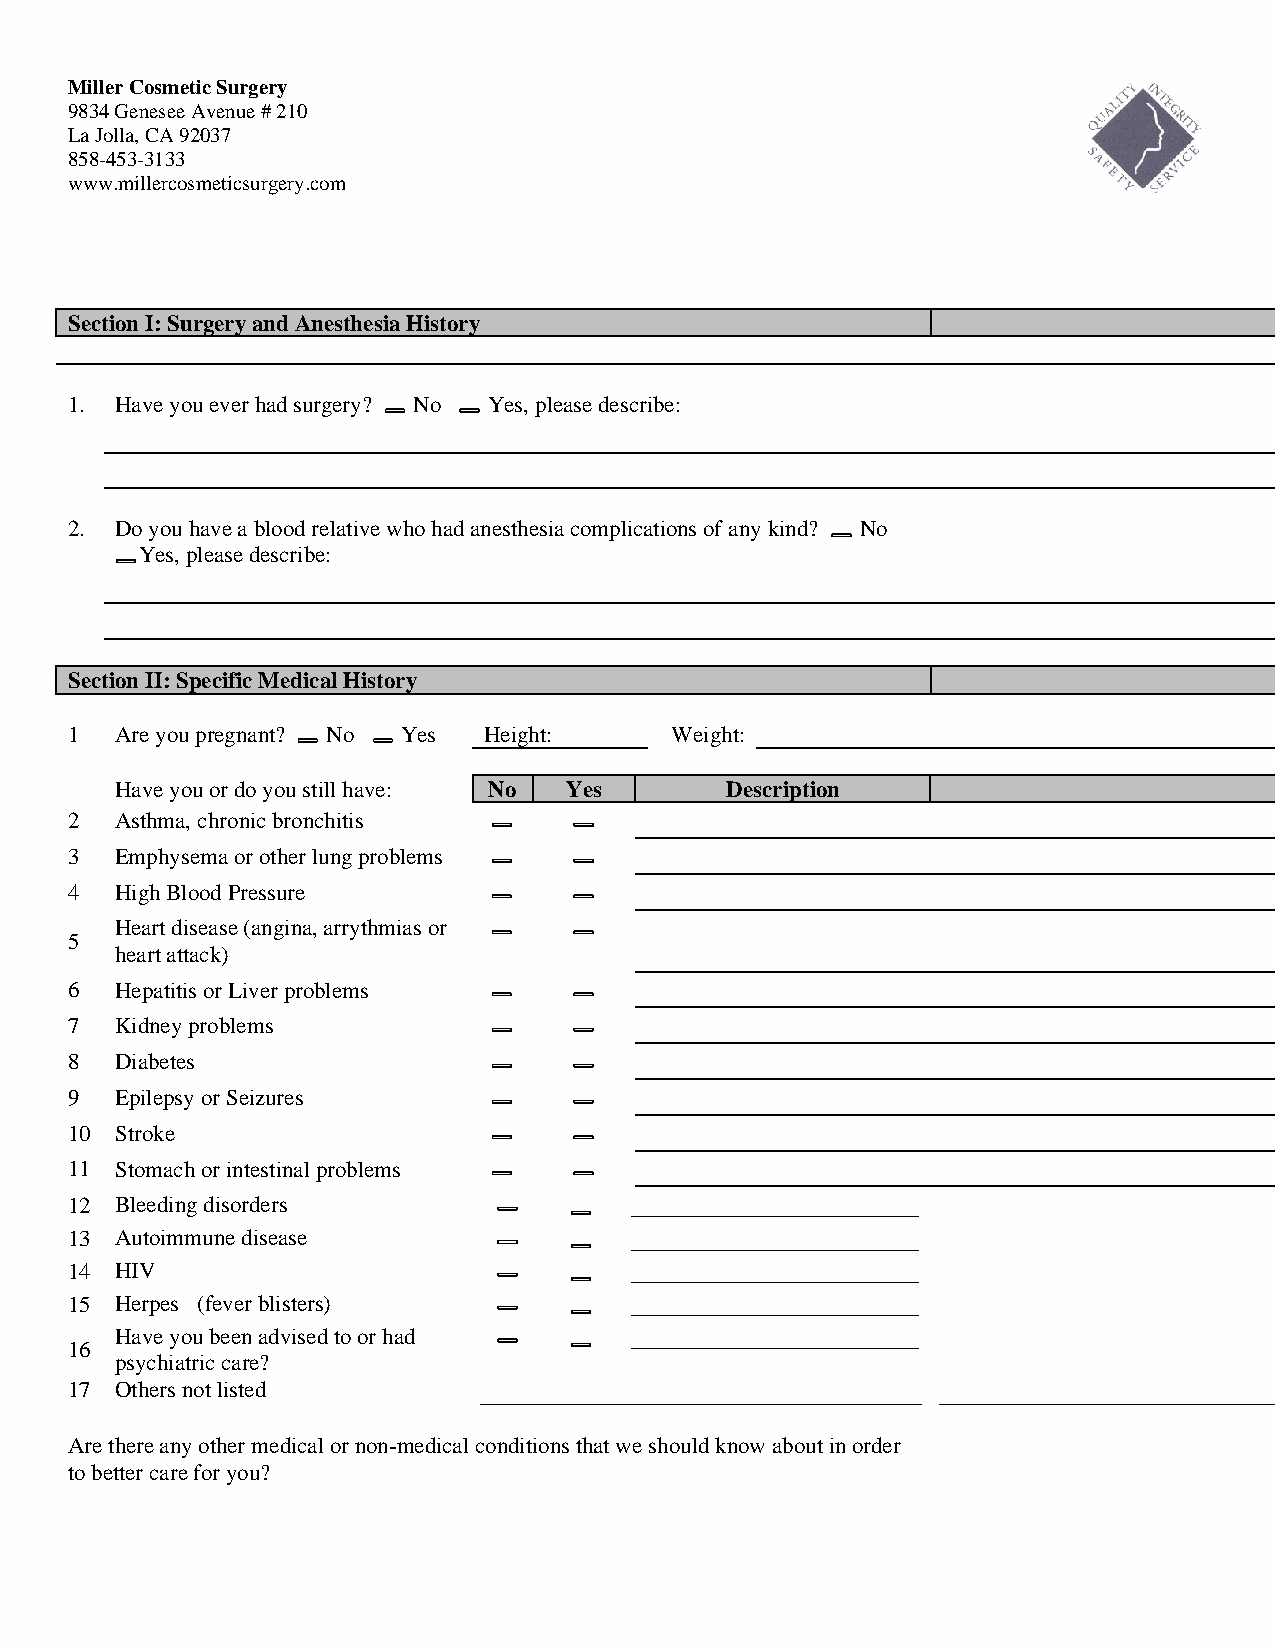
Miller Cosmetic Surgery
 9834 Genesee Avenue # 210
 La Jolla, CA 92037
 858-453-3133
 www.millercosmeticsurgery.com
 Section I: Surgery and Anesthesia History
 1.  Have you ever had surgery? No Yes, please describe:
 2.  Do you have a blood relative who had anesthesia complications of any kind? No
 Yes, please describe:
 Section II: Specific Medical History
 1   Are you pregnant? No Yes H e i g ht: Weight:
 Have you or do you still have: No Yes   Description
 2   Asthma, chronic bronchitis
 3   Emphysema or other lung problems
 4   High Blood Pressure
 Heart disease (angina, arrythmias or
 5
 heart attack)
 6   Hepatitis or Liver problems
 7   Kidney problems
 8   Diabetes
 9   Epilepsy or Seizures
 10  Stroke
 11  Stomach or intestinal problems
 12  Bleeding disorders                _______________________
 13  Autoimmune disease                _______________________
 14  HIV                               _______________________
 15  Herpes (fever blisters)           _______________________
 Have you been advised to or had   _______________________
 16
 psychiatric care?
 17  Others not listed
 Are there any other medical or non-medical conditions that we should know about in order
 to better care for you?